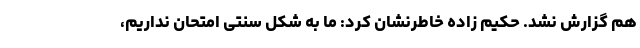
هم گزارش نشد. حکیم زاده خاطرنشان کرد: ما به شکل سنتی امتحان نداریم،